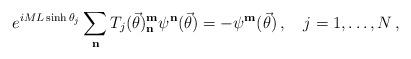
LaTeX: \begin{align*}e^{iML\sinh \theta _{j}}\sum _{\mathbf{n}}T_{j}( \vec{\theta }) ^{\mathbf{m}}_{\mathbf{n}}\psi ^{\mathbf{n}}( \vec{\theta }) =-\psi ^{\mathbf{m}}( \vec{\theta }) \, ,\quad j=1,\ldots ,N\, ,\end{align*}